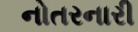
નોતરનારી